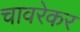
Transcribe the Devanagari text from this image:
चावरेकर